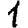
Digit: 1